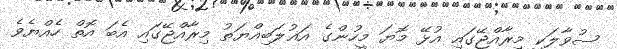
ސުވާލަކީ މިރާއްޖޭގައި އުޅޭ މޮޔަ މީހުންގެ އަޣުލަބިއްޔަތު މިރާއްޖޭގައި އެބަ އޮތް ހެއްޔެވެ